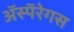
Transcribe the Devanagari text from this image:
ॲस्पॅरेगस